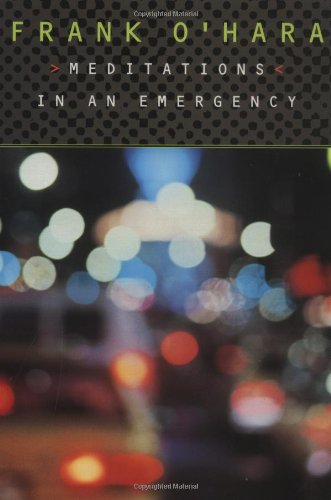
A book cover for Meditations in an Emergency; Frank O'Hara; Literature & Fiction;